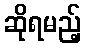
ဆိုရမည့်